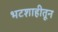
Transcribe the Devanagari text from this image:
भटशाहीतून